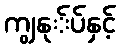
ကျွနု်ပ်နှင့်